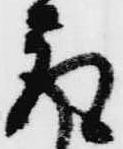
取